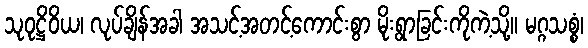
သုဝုဋ္ဌိဝိယ၊ လုပ်ချိန်အခါ အသင့်အတင့်ကောင်းစွာ မိုးရွာခြင်းကိုကဲ့သို့။ မဂ္ဂသစ္စံ၊